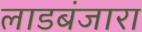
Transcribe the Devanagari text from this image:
लाडबंजारा